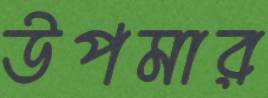
উপমার